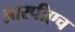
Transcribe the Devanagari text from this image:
आरपीएच